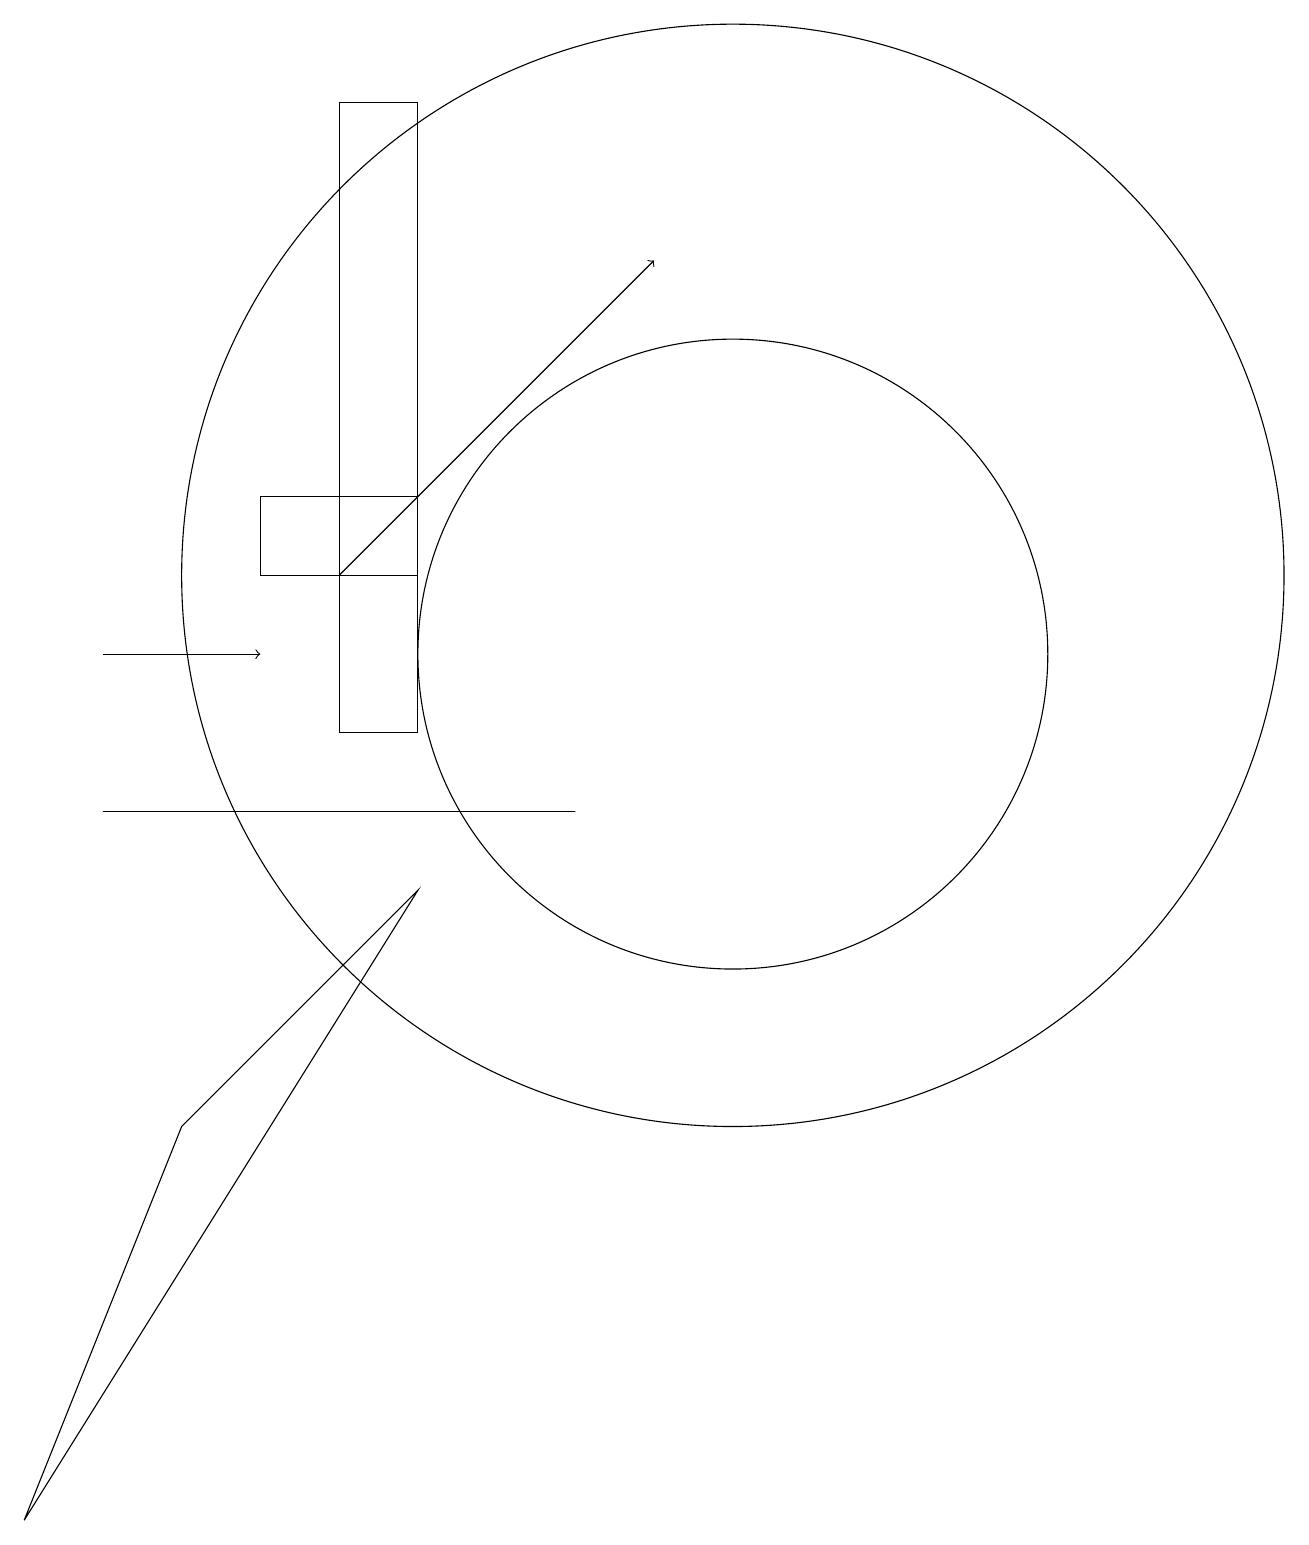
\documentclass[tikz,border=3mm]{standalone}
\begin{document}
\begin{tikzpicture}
\draw (4,12) rectangle (6,13);
\draw (10,11) circle (4);
\draw[->] (5,12) -- (9,16);
\draw[->] (2,11) -- (4,11);
\draw (10,12) circle (7);
\draw (6,8) -- (1,0) -- (3,5) -- cycle;
\draw (4,9) -- (8,9) -- (2,9) -- cycle;
\draw (5,18) rectangle (6,10);
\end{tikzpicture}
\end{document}